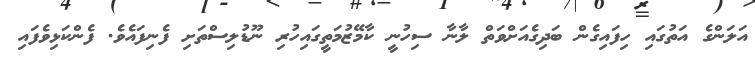
އަލަންގެ އަތުގައި ހިފައިގެން ބަދިގެއަށްވަތް ލާނާ ސިހުނީ ކާމޭޒުމަތީގައިހުރި ނޫޑުލިސްތަށި ފެނިފައެވެ. ފެންކަޅިވެފައި